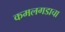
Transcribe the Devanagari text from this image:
कमलगडाचा